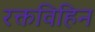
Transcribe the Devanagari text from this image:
रक्तविहिन